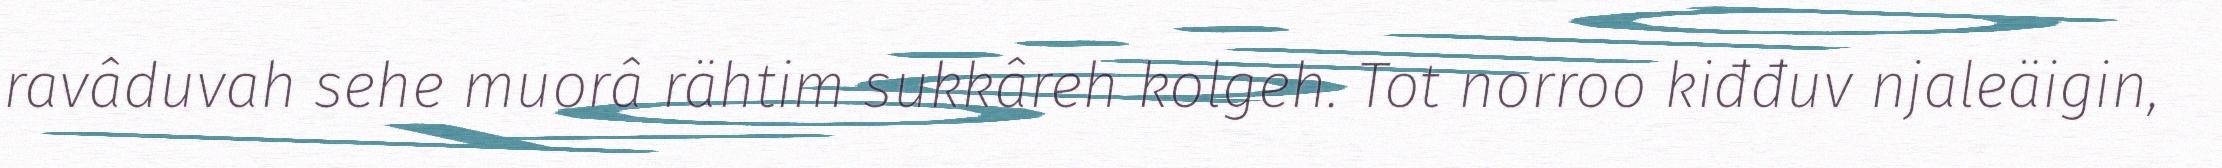
ravâduvah sehe muorâ rähtim sukkâreh kolgeh. Tot norroo kiđđuv njaleäigin,